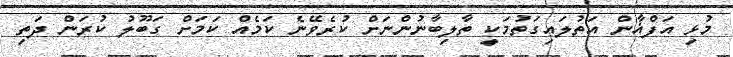
މުޅި އަފްޣާން އަތުލައިގަތުމަކީ ތާލިބާނުންނަށް ކުރެވޭނެ ކަމެއް ކަމަށް ގަބޫލު ކުރަން ދަތި